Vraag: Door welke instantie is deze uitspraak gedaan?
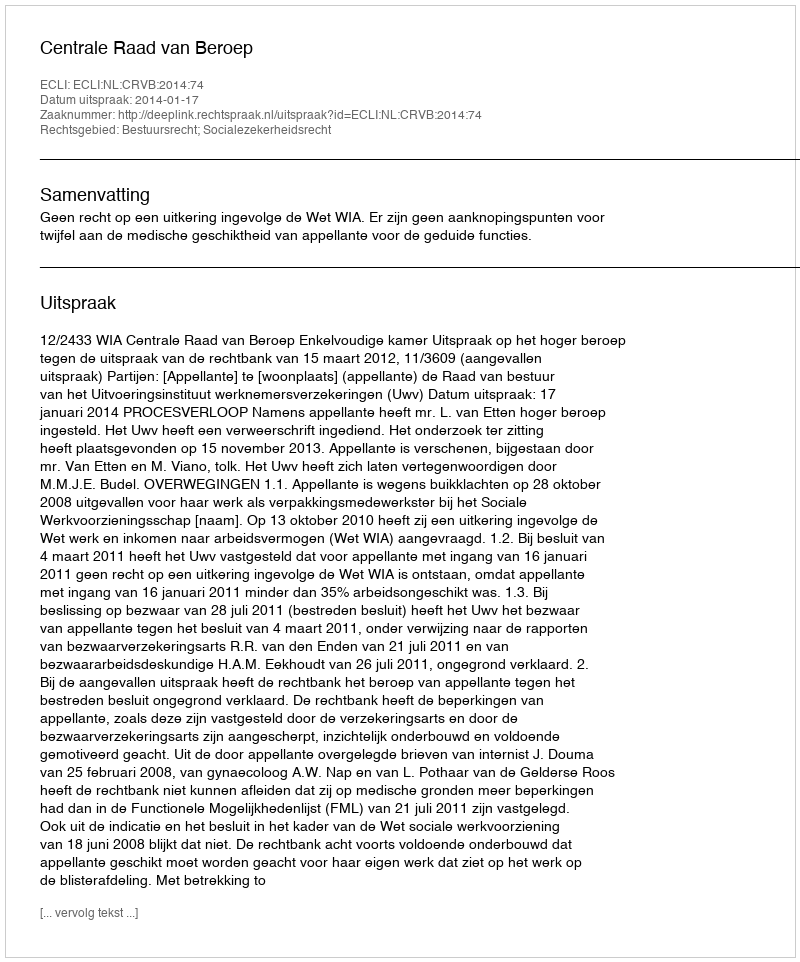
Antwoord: Centrale Raad van Beroep